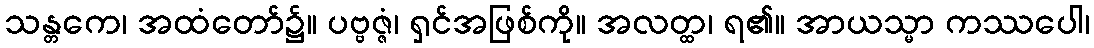
သန္တကေ၊ အထံတော်၌။ ပဗ္ဗဇ္ဇံ၊ ရှင်အဖြစ်ကို။ အလတ္ထ၊ ရ၏။ အာယသ္မာ ကဿပေါ၊